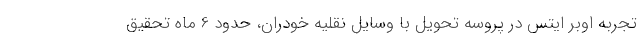
تجربه اوبر ایتس در پروسه تحویل با وسایل نقلیه خودران، حدود 6 ماه تحقیق